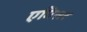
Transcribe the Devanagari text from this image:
एमिसर